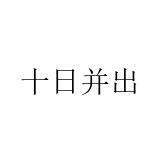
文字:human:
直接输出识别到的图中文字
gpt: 十日并出